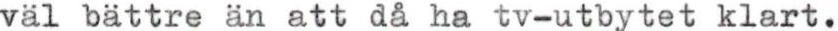
väl bättre än att då ha tv-utbytet klart.